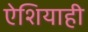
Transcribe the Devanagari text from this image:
ऐशियाही